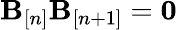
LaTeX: {\mathbf B}_{[n]}{\mathbf B}_{[n+1]}={\mathbf 0}